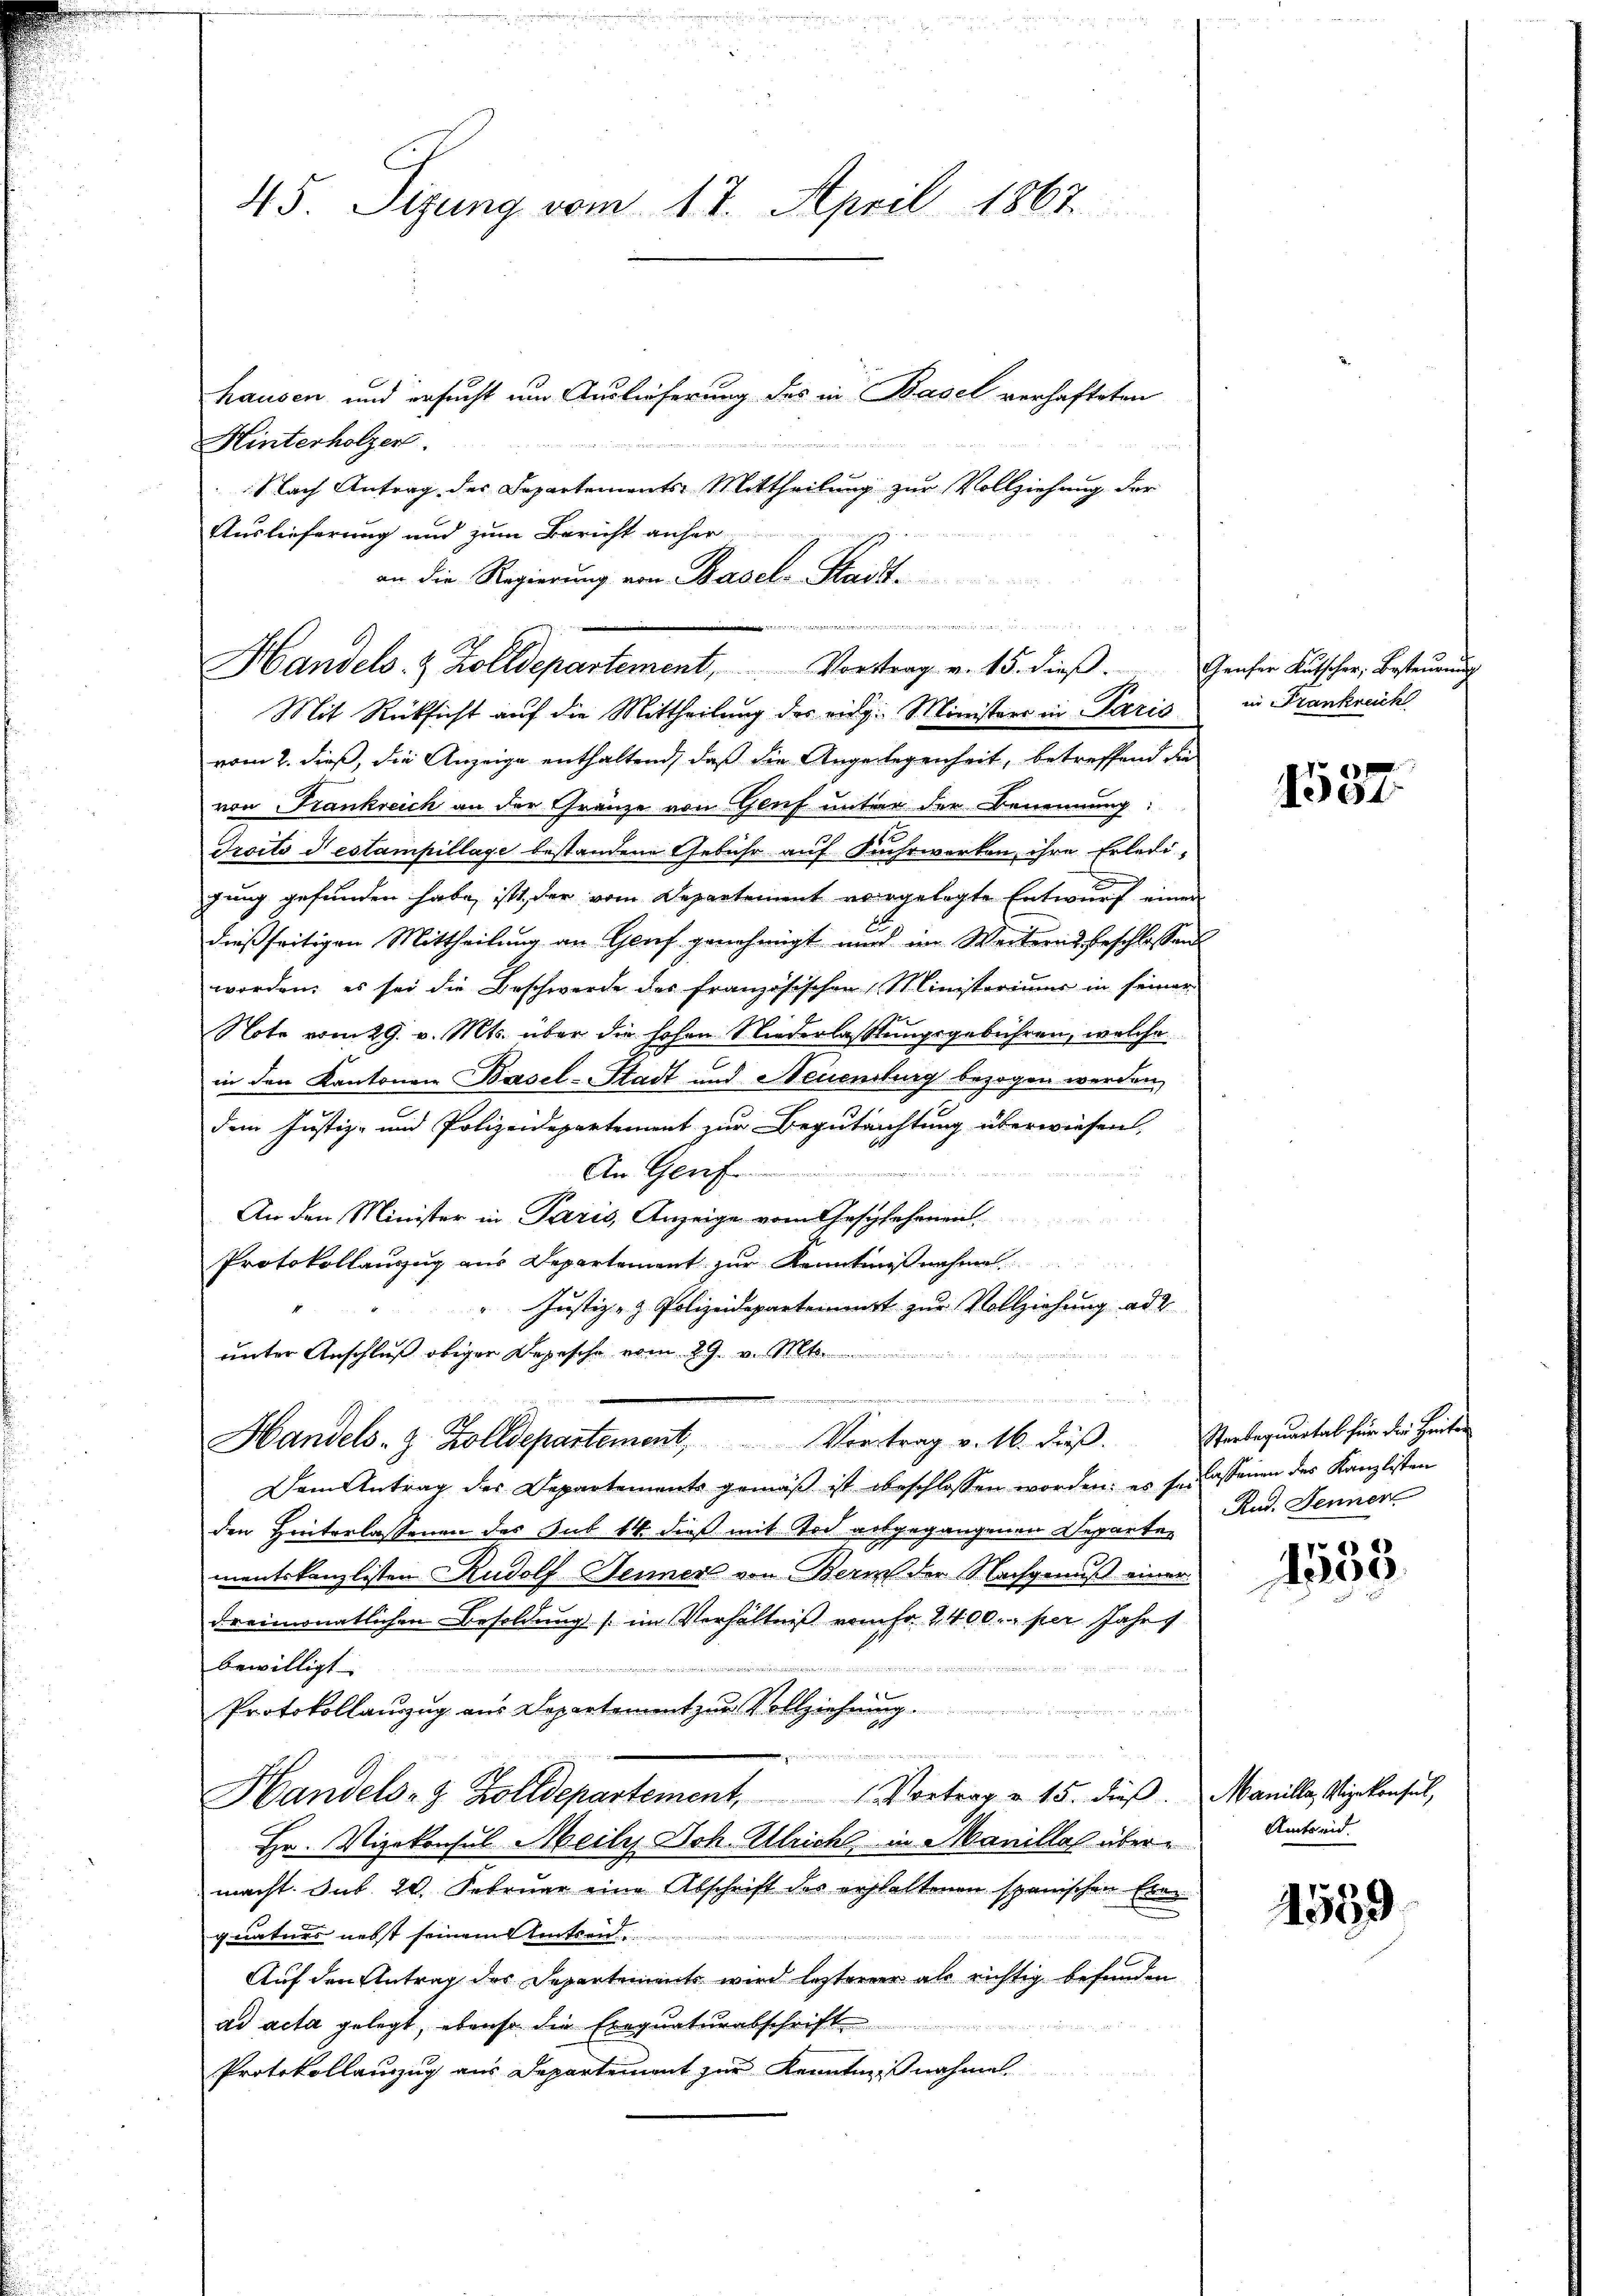
45. Sizung vom 17. April 1867.

hausen und ersucht um Auslieferung des in Basel verhafteten
Hinterholzer.
Nach Antrag der Departements Mittheilung zur Vollziehung der
Mit Rücksicht auf die Mittheilung des eidg. Ministers in Paris
vom 2. dieß, die Anzeige enthaltend, daß die Angelegenheit, betreffend die
von Frankreich an der Gränze von Genf unter der Benennung:
Troits destampillage bestandene Gebühr auf Suhrwerken, ihre Erledi-
gung gefunden habe, ist, der vom Departement vorgelegte Entwurf einen
dießseitigen Mittheilung an Genf genehmigt auch im Weiterns beschlossen
worden; es sei die Beschwerde des französischen Ministeriums in seiner
Note vom 29. v. Mts. über die hohen Niederlassungsgebühren, welche
in den Kantonen Basel-Stadt und Neuenburg bezogen werden,
dem Justiz- und Polizeidepartement zur Begutachtung überwiesen,
An Genf
An den Minister in Paris, Anzeige vom Geschehenen
Protokollanzug aus Departement zur Kenntnißnahme
" Justiz- & Polizeidepartement zur Vollziehung ad
unter Anschluß obiger Depesche vom 29. v. Mts.
s
...  ..  ..
Handels- & Zolldepartement. Vortrag v. 16. dieβ. Staabequartal für die Heiten
Dem Antrag des Departements gemäß ist beschlossen worden; es so lassenen des Kanzlisten
den Hinterlassenen der Sub 14. dieß mit Tod abgegangenen Departe
mentskanzlisten Rudolf Senner von Bern der Nachgenuß einer
dreimonatlichen Besoldung (im Verhältniß vom Fr. 2400.- per Jahr
n

bewilligt
4 x
Protokollauszug aus Departement zur Vollziehung
r
B

Handels- & Zolldepartement, 1 Vortrag u. 15. dieβ. Manille, Vizekonsul,
Hr. Vizekonsul Meiles Joh. Ulrich in Manille übermacht. Sub 20. Februar eine Abschrift des erhaltenen spanischen Erer
Erbrechte die Rechtesserren
quaturs nebst seinem Amtsen
Auf den Antrag des Departements wird lezterer als richtig befunden
ad acta gelegt, ebenso die Exequaturabschrift
Protokollauzzug aus Departement zur Kenntnißnahmen.

Auslieferung und zum Bericht anher
an die Regierung von Basel-Stadt¬

Handels- & Zolldepartement, Vortrag v. 15. dieβ.

Genfer Kutscher, Besteurung
in Frankreich

.
1300

Rud. Jenner

76)
499.

Amtseid.

1559